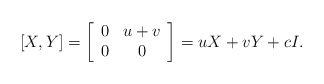
\begin{align*}[X,Y] = \left[\begin{array}{cc}0 & u+v\\ 0 & 0\end{array}\right] = u X + v Y + cI.\end{align*}